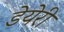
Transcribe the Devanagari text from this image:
डेयेरी